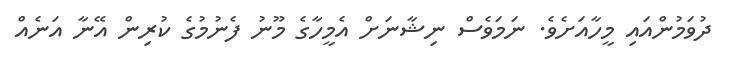
ދުވަމުންއައި މީހާއަށެވެ. ނަމަވެސް ނިޝާނަށް އެމީހާގެ މޫނު ފެނުމުގެ ކުރިން އޭނާ އަނެއް